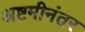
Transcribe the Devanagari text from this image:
अष्टमीनंतर